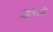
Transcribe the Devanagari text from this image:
जिलेस्पी